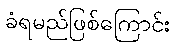
ခံရမည်ဖြစ်ကြောင်း